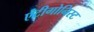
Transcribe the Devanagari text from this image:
एंटीगोनिस्ट